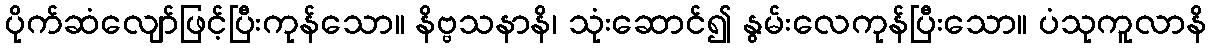
ပိုက်ဆံလျော်ဖြင့်ပြီးကုန်သော။ နိဗ္ဗသနာနိ၊ သုံးဆောင်၍ နွမ်းလေကုန်ပြီးသော။ ပံသုကူလာနိ